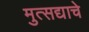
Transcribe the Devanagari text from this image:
मुत्सद्याचे